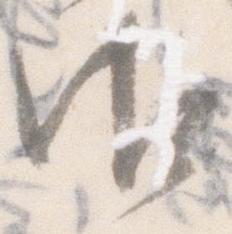
御